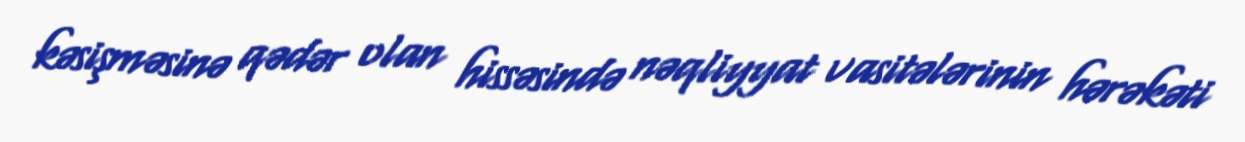
kəsişməsinə qədər olan hissəsində nəqliyyat vasitələrinin hərəkəti